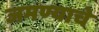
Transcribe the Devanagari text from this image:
जमण्याचे